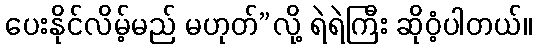
ပေးနိုင်လိမ့်မည် မဟုတ်”လို့ ရဲရဲကြီး ဆိုဝံ့ပါတယ်။